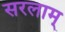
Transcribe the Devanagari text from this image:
सरलाम्